Vital statistics of India. Vol. IV, Annual returns from 1871 to 1876. British Army of India, Native Army and jails of Bengal
Year: 1871
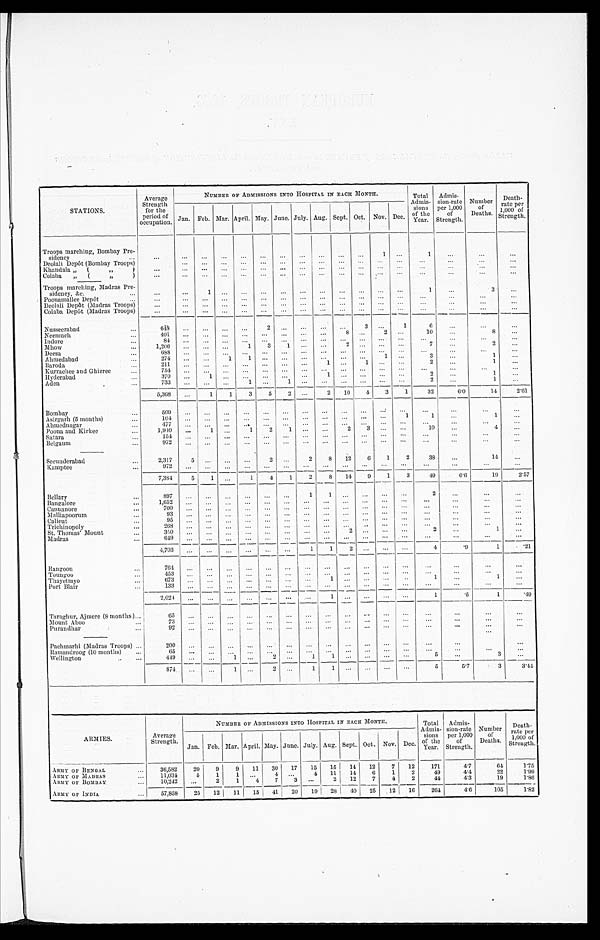
STATIONS.
Average
Strength
for the
period of
occupation.
NUMBER OF ADMISSIONS INTO HOSPITAL IN EACH MONTH.
Total
Admis
sions
of the
Year.
Admis
sion-rate
per 1,000
of
Strength.
Number
of
Deaths.
Death-
rate per
1,000 of
Strength.
Jan. Feb. Mar. April. May. June. July. Aug. Sept. Oct. Nov. Dec.
Troops marching, Bombay Pre
sidency
...
...
...
...
...
. . .
...
. . .
...
...
...
...
1
. . .
1
...
...
...
Deolali Depôt (Bombay Troops)
. . .
...
...
...
. . .
...
. . .
...
...
. . . . . .
. . .
. . .
. . .
. . .
. . .
Khandala „ (
,, )
. . . ...
. . .
. . .
. . .
. . .
. . .
. . . ...
...
...
. . .
. . . . . .
...
. . .
. . .
Colaba „ (
,,
)
. . . . . .
. . .
. . . ...
. . .
. . .
. . .
. . .
. . .
. . .
. . .
. . .
. . .
. . .
. . .
. . .
Troops marching, Madras Pre
sidency, &c.
...
...
...
1
. . . ...
...
...
...
...
...
. . . ...
...
1
...
3
...
Poonamallee Depôt
...
...
. . . ...
...
...
...
...
...
...
...
. . . . . .
. . .
...
...
...
...
Deolali Depôt (Madras Troops)
...
...
...
...
...
...
...
. . .
...
...
...
. . . . . .
...
...
...
...
Colaba Depôt (Madras Troops)
. . . ...
...
. . .
. . .
. . .
. . .
. . .
. . .
. . .
. . .
. . .
. . .
. . . ...
...
. . .
Nusseerabad
...
6 4 8
. . . . . .
. . .
. . .
2
. . .
. . .
. . .
. . .
3
. . .
1
6
. . .
. . .
. . .
Neemuch
...
401
. . . . . .
. . .
. . . . . .
. . .
. . .
. . .
8 ...
2 ...
10
...
8
...
lndore
. . .
84
. . .
. . .
. . .
. . .
. . .
. . .
. . .
. . .
. . . . . .
. . . . . .
. . .
. . .
. . .
. . .
Mhow
...
1,206 ...
...
. . .
1
3
1 ...
. . .
2 ...
. . .
. . .
7 ...
2
...
Deesa
. . .
688
. . .
. . .
. . .
. . .
. . .
. . .
. . .
. . .
. . .
. . .
. . .
...
. . .
. . .
. . .
. . .
Ahmedabad
. . .
274
. . .
. . .
1
1 ...
. . . . . .
. . .
. . . ...
1 ...
3 ...
1 ...
Baroda
. . .
211
. . .
. . .
. . .
. . .
. . .
. . . ...
1
. . . 1
. . .
. . .
2
...
1
. . .
Kurrachee and Ghizree
. . .
7 5 4
. . .
. . .
. . .
. . .
. . .
. . .
. . .
. . . . . .
. . .
. . .
. . .
. . .
. . .
. . .
. . .
Hyderabad
. . .
370
...
1 ...
. . .
. . .
. . .
. . .
1 ...
...
...
...
2
...
1 ...
Aden
...
7 3 3
. . .
. . .
. . .
1
. . .
1 ...
. . . . . .
. . . ...
...
. . .
2
. . .
1 ...
5,368
. . .
1
1
3
5
2
. . .
2
10
4
3
1
32
6.0
14
2 . 6 1
Bombay
. . .
509
. . .
. . .
. . . . . .
. . .
. . .
. . .
. . .
. . .
. . .
. . .
. . .
. . .
. . .
. . .
. . .
Asirgarh (5 months)
. . .
1 0 4
. . .
. . .
. . . . . .
. . .
. . .
. . .
. . .
. . .
. . .
. . .
1
1 ...
1 ...
Ahmednagar
. . .
4 7 7
. . .
. . .
. . . . . .
. . .
. . .
. . .
. . .
. . .
. . .
. . .
. . . ...
...
...
. . .
Poona and Kirkee
...
1,940
...
1
. . .
1
2
1
. . .
. . .
2
3 ...
...
10
...
4
...
Satara
...
154
. . .
. . .
. . .
. . .
. . .
. . .
. . .
. . .
. . .
. . .
. . .
. . .
. . .
. . .
. . . ...
Belgauna
...
972 ...
. . .
. . . . . .
. . .
. . .
. . .
. . .
. . .
. . .
. . .
. . .
. . .
. . .
. . . ...
Secunderabad
...
2,317
5
. . .
. . .
. . .
2 ...
2
8
12
6
1
2
38
...
14
...
Kamptee
...
972
. . .
. . .
. . .
. . .
. . .
. . .
. . .
. . .
. . .
. . .
. . .
. . . ... ...
. . .
. . .
7,384
5
1
. . .
1
4
1
2
8
14
9
1
3
49
6.6
19
2.57
Bellary
...
897
. . .
. . . ...
...
. . . ...
1
1
. . .
. . .
. . .
. . .
2
...
...
. . .
Bangalore
...
1,652
...
... ...
. . . ...
...
...
...
...
...
..
. . . ...
. . .
. . .
...
Canuanore
...
700
. . .
. . .
. . .
. . .
. . .
. . .
. . .
. . .
. . .
. . .
. . . ...
... ...
...
...
Malliapoorum
. . .
93
. . .
. . .
. . .
. . .
. . .
. . .
. . .
. . .
. . .
. . .
. . .
. . .
. . .
. . .
. . .
. . .
Calicut
...
95
. . .
. . .
. . .
. . .
. . .
. . .
. . .
. . .
. . .
. . .
. . .
. . .
. . .
. . . .
. . .
. . .
Trichinopoly
...
268
. . .
. . .
. . .
. . .
. . .
. . .
. . . ...
. . . ...
. . .
. . .
. . .
. . .
. . .
. . .
St. Thomas' Mount
. . .
350 ...
...
...
...
...
...
...
...
2
. . .
. . .
. . .
2
. . .
1
. . .
Madras
. . .
6 4 9
. . .
. . .
. . .
. . .
. . .
. . .
. . .
. . .
. . .
. . .
. . .
. . .
. . .
. . .
. . .
. . .
4 , 7 0 3
. . .
. . .
. . .
. . .
. . . ...
1
1
2
. . .
. . .
. . .
4
.9
1
. 2 1
Rangoon
...
764
...
...
. . . ...
...
...
...
. . .
. . .
. . .
. . .
. . .
. . .
. . .
. . .
. . .
Toungoo
...
453
. . . ... ...
. . .
. . .
. . .
. . .
. . .
. . .
. . .
. . .
. . .
. . .
. . .
. . .
. . .
Thayetmyo
...
673
. . .
. . .
. . .
. . .
. . .
. . .
. . .
1
. . .
. . .
. . .
. . .
1
. . .
1
. . .
Port Blair
...
133
. . .
. . .
. . .
. . .
. . . ...
. . .
. . .
. . .
. . .
. . .
. . .
. . .
. . .
. . .
...
2 , 2 0 4
. . .
. . .
. . .
. . .
. . .
. . .
. . .
1
. . .
. . .
. . .
. . .
1
.5
1
.49
Taraghur, Ajmerr (8 months )...
65
. . .
. . .
. . .
. . .
. . .
. . .
. . .
. . .
. . .
. . .
. . .
. . .
. . .
. . .
. . .
. . .
Mount Aboo
...
73
. . .
. . . ...
. . .
. . .
. . .
. . .
. . .
. . .
. . .
. . . ...
...
. . .
. . .
...
Purandhar
. . .
92
...
. . .
. . . ...
...
...
...
...
. . .
...
. . .
. . .
. . .
. . .
. . .
. . .
Pachmarhi (Madras Troops) ...
200
. . .
. . .
. . . ...
. . . ...
...
. . . ...
...
...
...
...
...
. . .
...
Ramandroog (10 months)
...
65
. . .
. . .
. . . ...
. . . ...
. . .
. . . ...
. . .
. . .
. . .
. . .
. . .
. . .
...
Wellington
...
449
. . . ...
1 ...
2 ...
1
1 ...
. . . ...
...
5
...
3
. . .
874
. . .
. . .
1
. . .
2
. . .
1
1 ...
. . .
. . .
. . .
5
5.7
3
3.44
ARMIES.
Average
Strength.
NUMBER OF ADMISSIONS INTO HOSPITAL IN EACH MONTH.
Total
Admis
sions
of the
Year.
Admis
sion-rate
per 1,000
of
Strength.
Number
of
Deaths.
Death-
rate per
1,000 of
Strength.
Jan. Feb. Mar. April. May. June. July. Aug. Sept. Oct. Nov. Dec.
ARMY OF BENGAL
. . . 36,582
20
9
9
11
30
17
15
15
14
12
7
12
171
4.7
64
1.75
,
ARMY OF MADRAS
...
1 1 , 0 3 4
5
1
1
. . .
4
. . . 4
11
14
6
1
2
49
4 . 4
22
1.99
ARMY OF BOMBAY
. . .
10,242
...
2
1
4
7
3
. . . 2
12
7
4
2
44
4 . 3
1 9
1. 86
ARMY OF INDIA
. . .
57,858
25
12
11
15
41
20
19
28 40
25
12
16
264
4.6
105
1.82